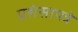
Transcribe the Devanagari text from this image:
प्रशंसापत्रे